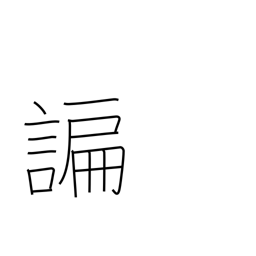
Meaning: flattering